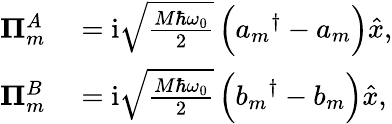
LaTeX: \begin{array}{rl}{\mathbf{\Pi}_{m}^{A}}&{{}=\mathrm{i}\sqrt{\frac{M\hbar\omega_{0}}{2}}\left({a_{m}}^{\dagger}-a_{m}^{\phantom{\dagger}}\right)\hat{x},}\\ {\mathbf{\Pi}_{m}^{B}}&{{}=\mathrm{i}\sqrt{\frac{M\hbar\omega_{0}}{2}}\left({b_{m}}^{\dagger}-b_{m}^{\phantom{\dagger}}\right)\hat{x},}\end{array}